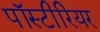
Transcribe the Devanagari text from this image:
पॉस्टीरियर